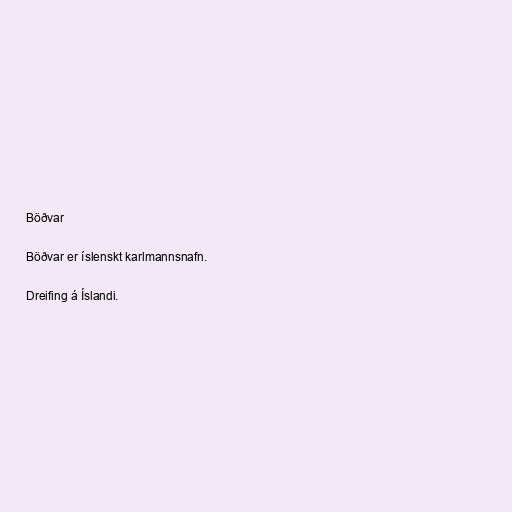
Böðvar

Böðvar er íslenskt karlmannsnafn.

Dreifing á Íslandi.